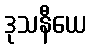
ဒုသနီယေ